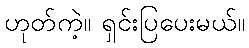
ဟုတ်ကဲ့။ ရှင်းပြပေးမယ်။